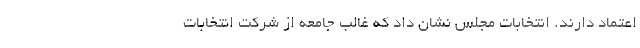
اعتماد دارند. انتخابات مجلس نشان داد که غالب جامعه از شرکت انتخابات